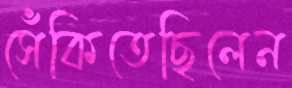
সেঁকিতেছিলেন